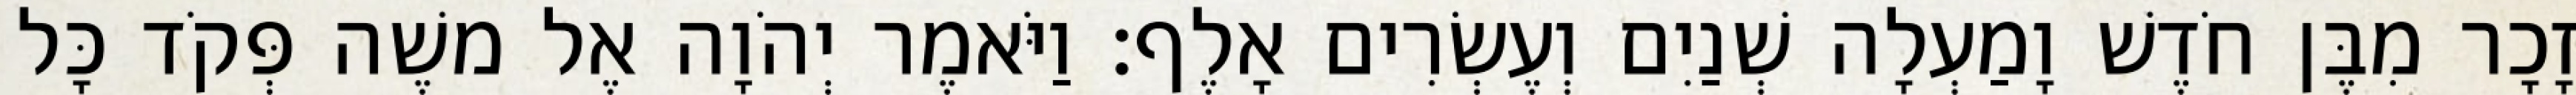
זָכָר מִבֶּן חֹדֶשׁ וָמַעְלָה שְׁנַיִם וְעֶשְׂרִים אָלֶף׃ וַיֹּאמֶר יְהֹוָה אֶל משֶׁה פְּקֹד כָּל